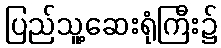
ပြည်သူ့ဆေးရုံကြီး၌